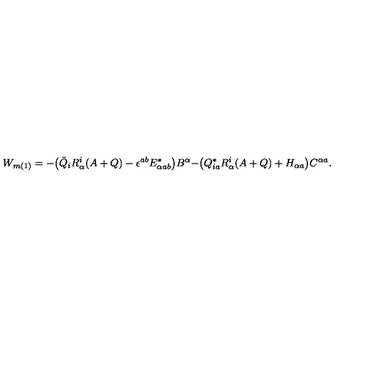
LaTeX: W _ { m ( 1 ) } = - \bigr ( \bar { Q } _ { i } R _ { \alpha } ^ { i } ( A + Q ) - \epsilon ^ { a b } E _ { \alpha a b } ^ { * } \bigr ) B ^ { \alpha } - \bigr ( Q _ { i a } ^ { * } R _ { \alpha } ^ { i } ( A + Q ) + H _ { \alpha a } \bigr ) C ^ { \alpha a } .